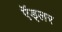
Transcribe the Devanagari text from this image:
ऍड्लर